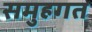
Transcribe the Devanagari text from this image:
समुहगत